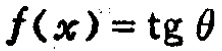
\(f(x)=\operatorname{tg} \theta\)